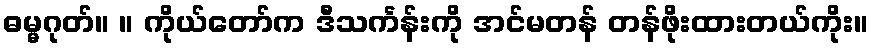
ဓမ္မဂုတ်။ ။ ကိုယ်တော်က ဒီသင်္ကန်းကို အင်မတန် တန်ဖိုးထားတယ်ကိုး။